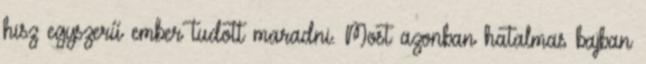
hisz egyszerű ember tudott maradni. Most azonban hatalmas bajban